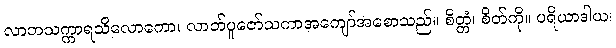
လာဘသက္ကာရသိလောကော၊ လာဘ်ပူဇော်သကာအကျော်အစောသည်။ စိတ္တံ၊ စိတ်ကို။ ပရိယာဒါယ၊